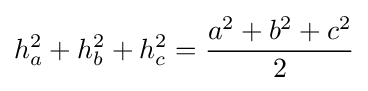
h_{a}^{2}+h_{b}^{2}+h_{c}^{2}={\frac {a^{2}+b^{2}+c^{2}}{2}}